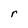
Character: r